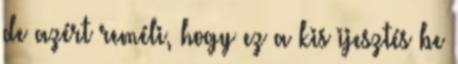
de azért reméli, hogy ez a kis ijesztés be